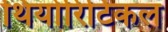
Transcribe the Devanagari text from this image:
थियोरिटिकल